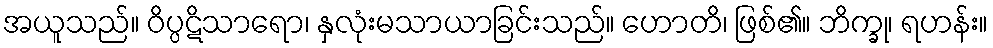
အယူသည်။ ဝိပ္ပဋိသာရော၊ နှလုံးမသာယာခြင်းသည်။ ဟောတိ၊ ဖြစ်၏။ ဘိက္ခု၊ ရဟန်း။